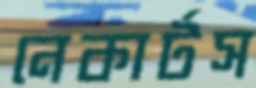
নেকার্টস